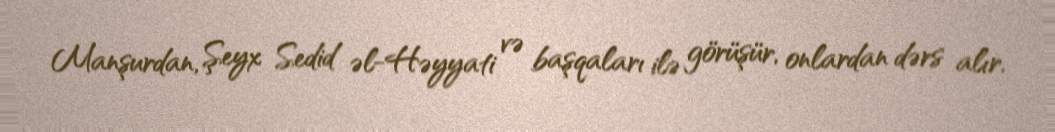
Manşurdan, Şeyx Sedid əl-Həyyati və başqaları ilə görüşür, onlardan dərs alır.